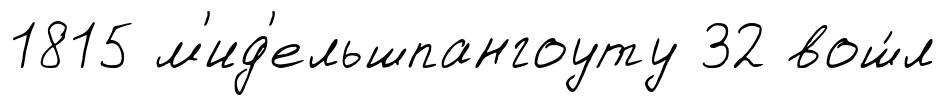
1815 м'ид'ельшпангоуту 32 вош́л